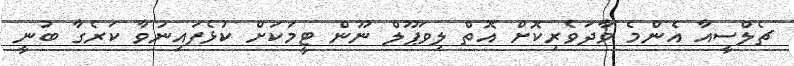
ޗެލްސީއާ އެންމެ ވާދަވެރިކޮށް އޮތް ލިވަޕޫލް ނޫން ޓީމަކަށް ކުޅެފައިނުވާ ކަރެގާ ބުނީ